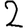
Digit: 2